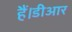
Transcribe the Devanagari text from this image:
हैं।डीआर